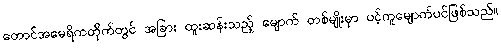
တောင်အမေရိကတိုက်တွင် အခြား ထူးဆန်းသည့် မျောက် တစ်မျိုးမှာ ပင့်ကူမျောက်ပင်ဖြစ်သည်။